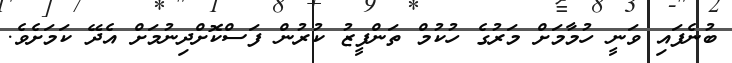
ބުނެފައި ވަނީ ހުމާމަށް މަރުގެ ހުކުމް ތަންފީޒު ކުރުން ފަސްކޮށްދިނުމަށް އެދޭ ކަމަށެވެ.